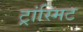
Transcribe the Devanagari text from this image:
ट्रांस्मिट